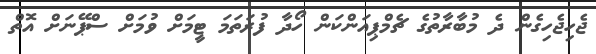
ޖެހިޖެހިގެން ދެ މުބާރާތުގެ ޗެމްޕިއަންކަން ހޯދާ ފުރަތަމަ ޓީމަށް ވުމަށް ސްޕޭނަށް އޮތް